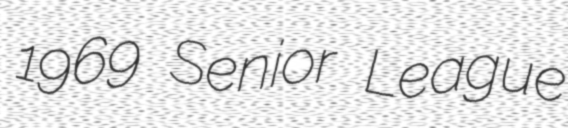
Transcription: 1969 Senior League